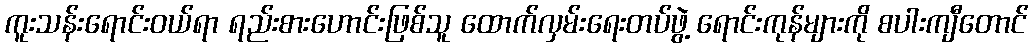
ကူးသန်းရောင်းဝယ်ရာ ရည်းစားဟောင်းဖြစ်သူ ထောက်လှမ်းရေးတပ်ဖွဲ့ ရောင်းကုန်များကို စပါးကျီတောင်